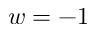
w = - 1